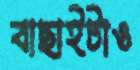
বাছাইটাও